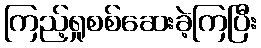
ကြည့်ရှုစစ်ဆေးခဲ့ကြပြီး